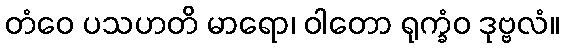
တံဝေ ပသဟတိ မာရော၊ ဝါတော ရုက္ခံဝ ဒုဗ္ဗလံ။